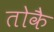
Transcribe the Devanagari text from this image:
तोकै